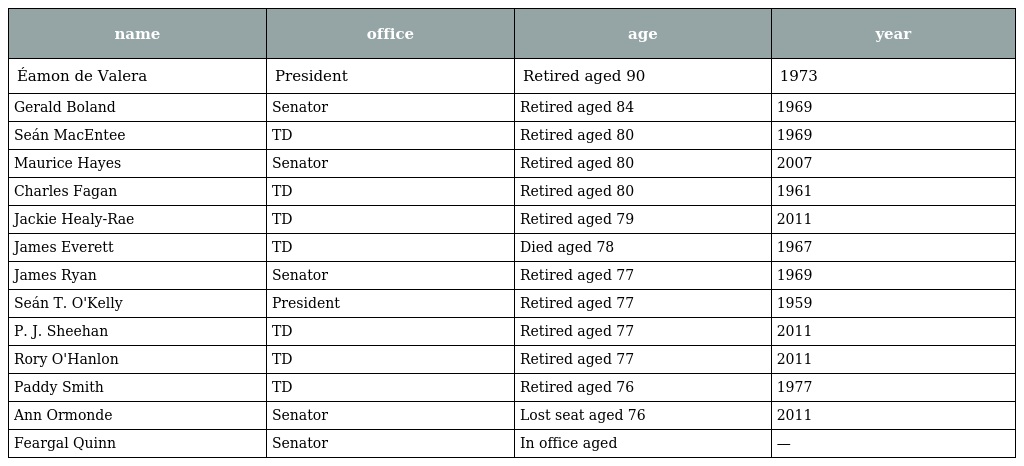
| name | office | age | year |
 | --- | --- | --- | --- |
 | Éamon de Valera | President | Retired aged 90 | 1973 |
 | Gerald Boland | Senator | Retired aged 84 | 1969 |
 | Seán MacEntee | TD | Retired aged 80 | 1969 |
 | Maurice Hayes | Senator | Retired aged 80 | 2007 |
 | Charles Fagan | TD | Retired aged 80 | 1961 |
 | Jackie Healy-Rae | TD | Retired aged 79 | 2011 |
 | James Everett | TD | Died aged 78 | 1967 |
 | James Ryan | Senator | Retired aged 77 | 1969 |
 | Seán T. O'Kelly | President | Retired aged 77 | 1959 |
 | P. J. Sheehan | TD | Retired aged 77 | 2011 |
 | Rory O'Hanlon | TD | Retired aged 77 | 2011 |
 | Paddy Smith | TD | Retired aged 76 | 1977 |
 | Ann Ormonde | Senator | Lost seat aged 76 | 2011 |
 | Feargal Quinn | Senator | In office aged | — |